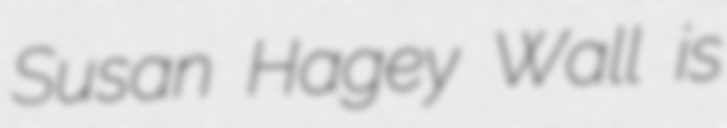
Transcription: Susan Hagey Wall is